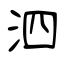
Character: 泗